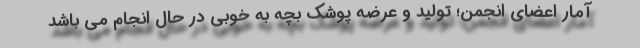
آمار اعضای انجمن؛ تولید و عرضه پوشک بچه به خوبی در حال انجام می باشد